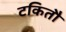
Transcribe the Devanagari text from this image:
टकितौ